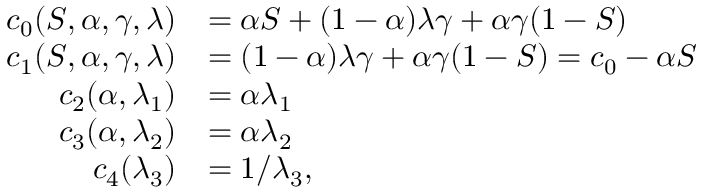
\begin{array} { r l } { c _ { 0 } ( S , \alpha , \gamma , \lambda ) } & { = \alpha S + ( 1 - \alpha ) \lambda \gamma + \alpha \gamma ( 1 - S ) } \\ { c _ { 1 } ( S , \alpha , \gamma , \lambda ) } & { = ( 1 - \alpha ) \lambda \gamma + \alpha \gamma ( 1 - S ) = c _ { 0 } - \alpha S } \\ { c _ { 2 } ( \alpha , \lambda _ { 1 } ) } & { = \alpha \lambda _ { 1 } } \\ { c _ { 3 } ( \alpha , \lambda _ { 2 } ) } & { = \alpha \lambda _ { 2 } } \\ { c _ { 4 } ( \lambda _ { 3 } ) } & { = 1 / \lambda _ { 3 } , } \end{array}